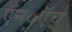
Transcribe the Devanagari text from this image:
ऍन०ऍच